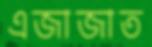
এজাজাত